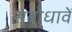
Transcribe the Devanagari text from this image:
संबोधावें